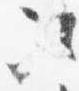
次